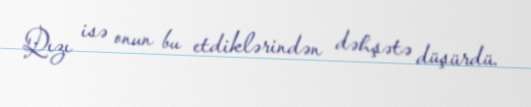
Qızı isə onun bu etdiklərindən dəhşətə düşürdü.